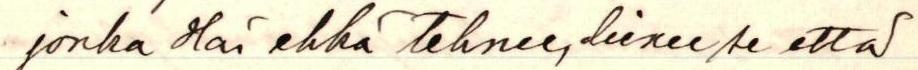
jonka hän ehkä tehnee, lienee se että